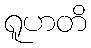
ရူဟတိ